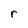
Character: r